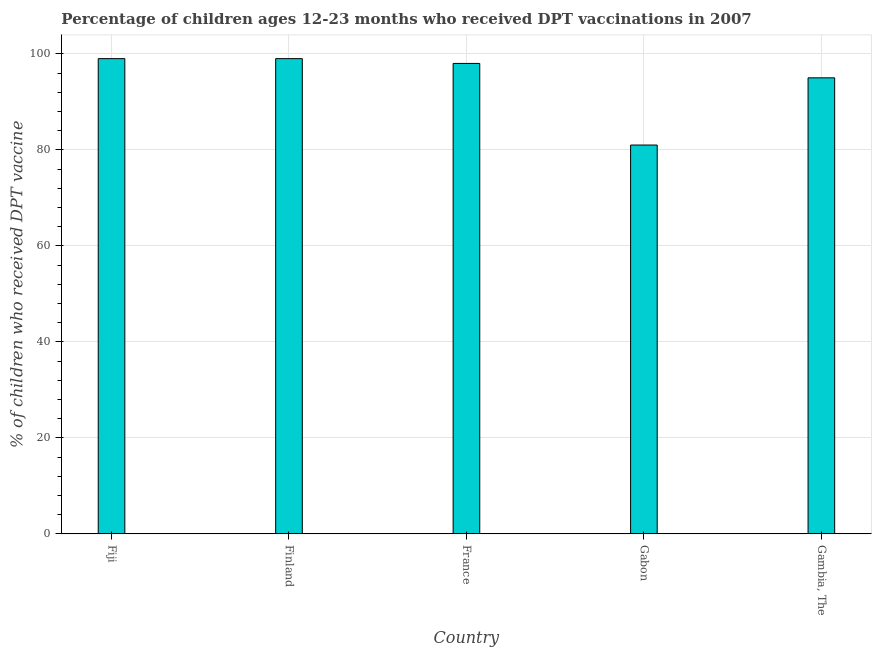
| Country | Immunization |
 | --- | --- |
 | Fiji | 99 |
 | Finland | 99 |
 | France | 98 |
 | Gabon | 81 |
 | Gambia, The | 95 |